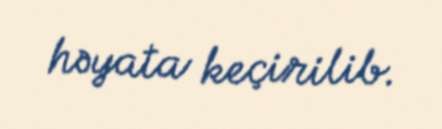
həyata keçirilib.